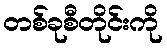
တစ်ခုစီတိုင်းကို